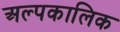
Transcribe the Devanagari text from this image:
अल्‍पकालिक